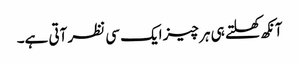
آنکھ کھلتے ہی ہر چیز ایک سی نظر آتی ہے۔